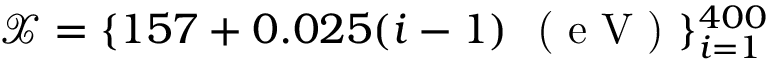
\mathcal { X } = \{ 1 5 7 + 0 . 0 2 5 ( i - 1 ) \ \textup { ( e V ) } \} _ { i = 1 } ^ { 4 0 0 }